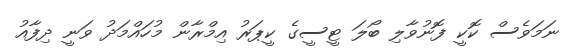
ނަމަވެސް ކޮކީ ފޮނުވާލި ބޯލަ ޓީސީގެ ކީޕަރު އިމްރާން މުހައްމަދު ވަނީ ދިފާއު